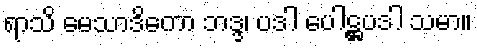
ရာသိ မေသာဒိကော ဘဒ္ဒ၊ ပဒါ ပေါဋ္ဌပဒါ သမာ။